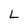
Character: L